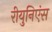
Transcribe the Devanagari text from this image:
रीयुनिएंस